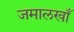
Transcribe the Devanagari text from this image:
जमालखाँ